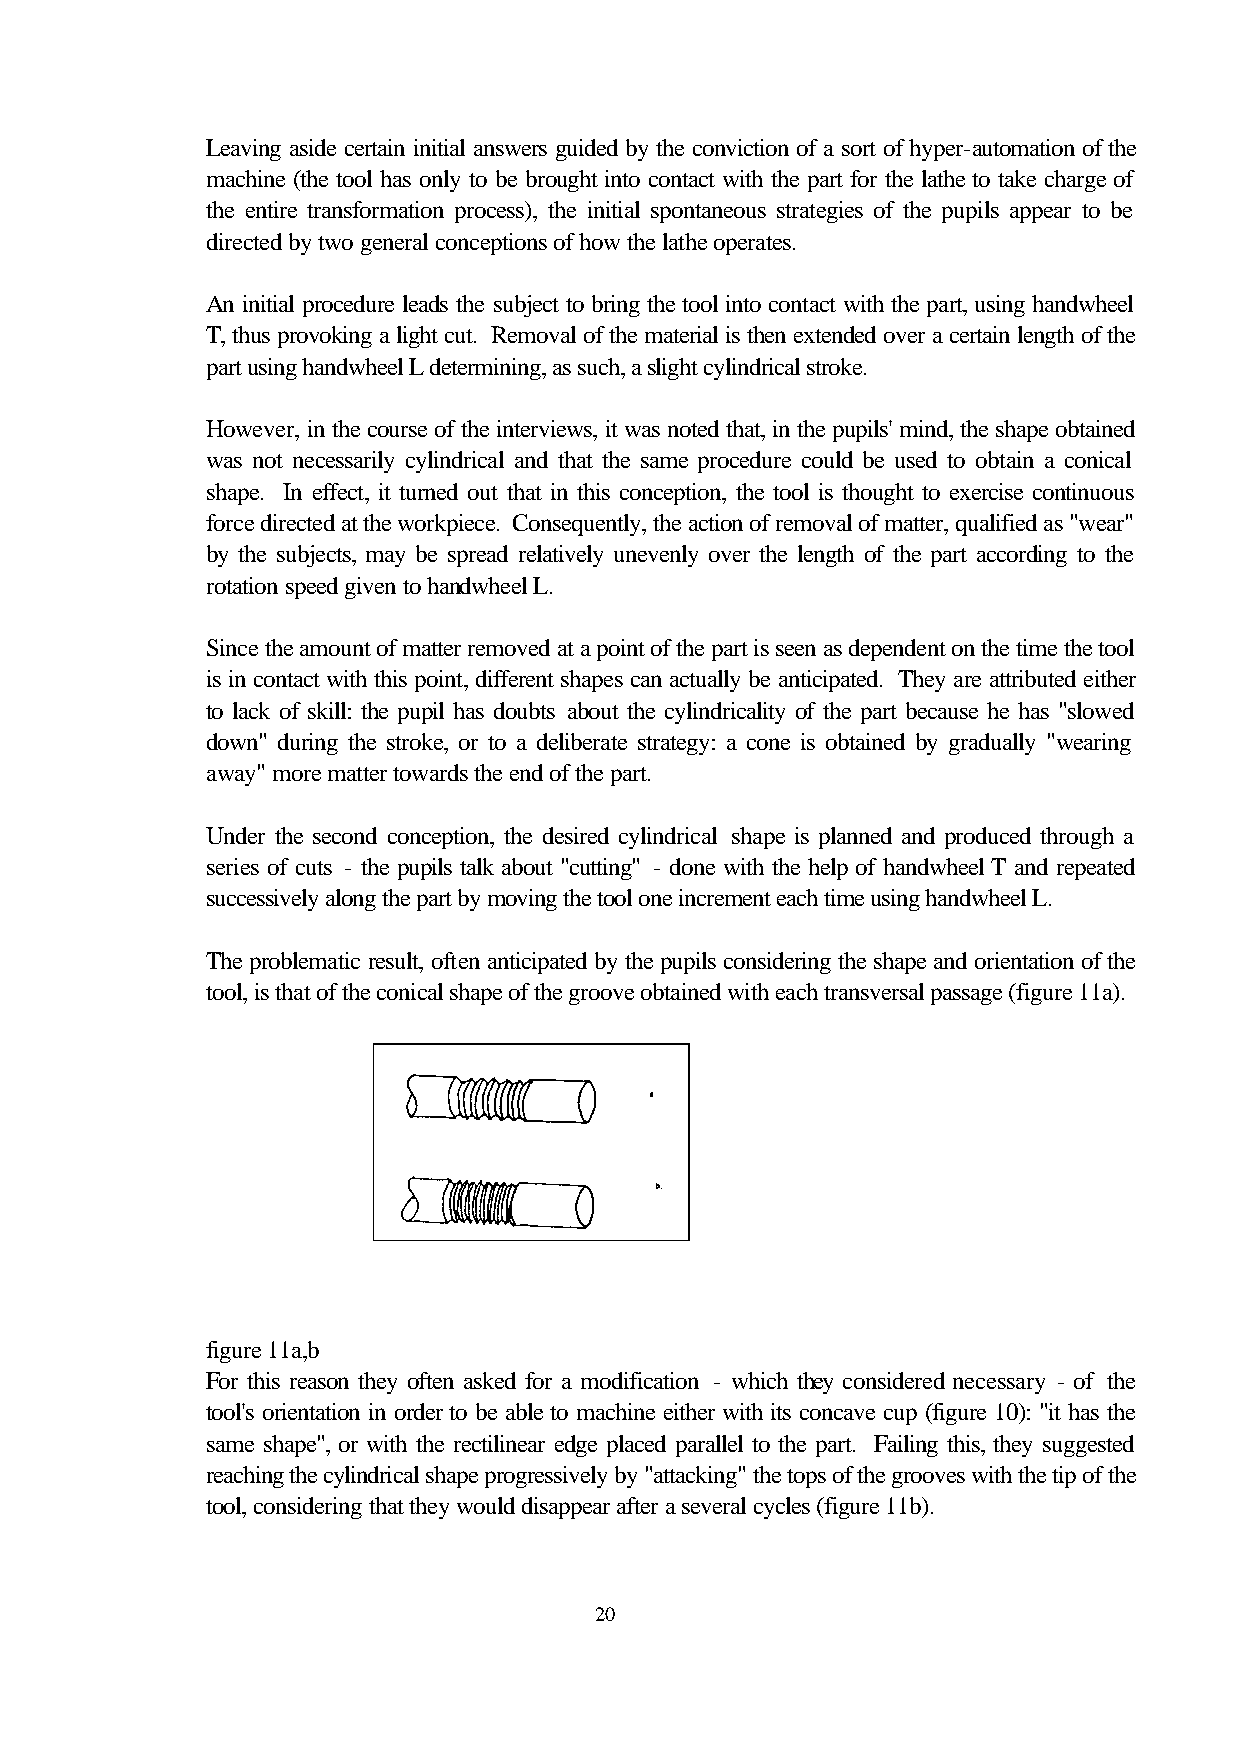
Leaving aside certain initial answers guided by the conviction of a sort of hyper-automation of the
 machine (the tool has only to be brought into contact with the part for the lathe to take charge of
 the entire transformation process), the initial spontaneous strategies of the pupils appear to be
 directed by two general conceptions of how the lathe operates.
 An initial procedure leads the subject to bring the tool into contact with the part, using handwheel
 T, thus provoking a light cut. Removal of the material is then extended over a certain length of the
 part using handwheel L determining, as such, a slight cylindrical stroke.
 However, in the course of the interviews, it was noted that, in the pupils' mind, the shape obtained
 was not necessarily cylindrical and that the same procedure could be used to obtain a conical
 shape. In effect, it turned out that in this conception, the tool is thought to exercise continuous
 force directed at the workpiece. Consequently, the action of removal of matter, qualified as "wear"
 by the subjects, may be spread relatively unevenly over the length of the part according to the
 rotation speed given to handwheel L.
 Since the amount of matter removed at a point of the part is seen as dependent on the time the tool
 is in contact with this point, different shapes can actually be anticipated. They are attributed either
 to lack of skill: the pupil has doubts about the cylindricality of the part because he has "slowed
 down" during the stroke, or to a deliberate strategy: a cone is obtained by gradually "wearing
 away" more matter towards the end of the part.
 Under the second conception, the desired cylindrical shape is planned and produced through a
 series of cuts - the pupils talk about "cutting" - done with the help of handwheel T and repeated
 successively along the part by moving the tool one increment each time using handwheel L.
 The problematic result, often anticipated by the pupils considering the shape and orientation of the
 tool, is that of the conical shape of the groove obtained with each transversal passage (figure 11a).
 figure 11a,b
 For this reason they often asked for a modification - which they considered necessary - of the
 tool's orientation in order to be able to machine either with its concave cup (figure 10): "it has the
 same shape", or with the rectilinear edge placed parallel to the part. Failing this, they suggested
 reaching the cylindrical shape progressively by "attacking" the tops of the grooves with the tip of the
 tool, considering that they would disappear after a several cycles (figure 11b).
 20